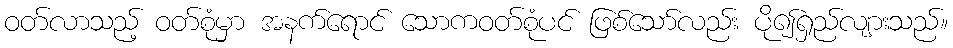
ဝတ်လာသည့် ဝတ်စုံမှာ အနက်ရောင် သောကဝတ်စုံပင် ဖြစ်သော်လည်း ပို၍ရှည်လျားသည်။